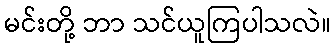
မင်းတို့ ဘာ သင်ယူကြပါသလဲ။